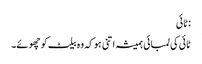
:ٹائی
ٹائی کی لمبائی ہمیشہ اتنی ہو کہ وہ بیلٹ کو چھوئے۔